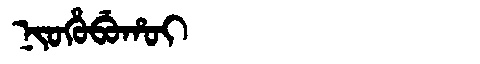
Manchu: ᠨᡳᠣᡥᡠᠪᡠᡥᠣᡳ
Romanization: NIOHUBUHOI